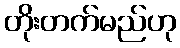
တိုးတက်မည်ဟု